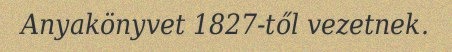
Anyakönyvet 1827-től vezetnek.